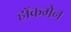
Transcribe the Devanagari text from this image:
हाॅकमेन